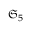
\mathfrak { S } _ { 5 }